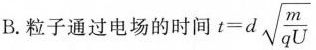
B.粒子通过电场的时间$$t=d \sqrt{\frac{m}{qU}}$$